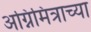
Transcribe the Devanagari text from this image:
अग्निमित्राच्या